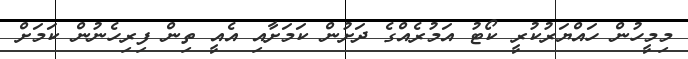
މިމީހުން ހައްޔަރުކުރީ ކޯޓު އަމުރެއްގެ ދަށުން ކަަމަށާއި އެއީ ތިން ފިރިހެނުން ކަމަށް